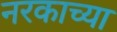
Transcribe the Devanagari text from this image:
नरकाच्या